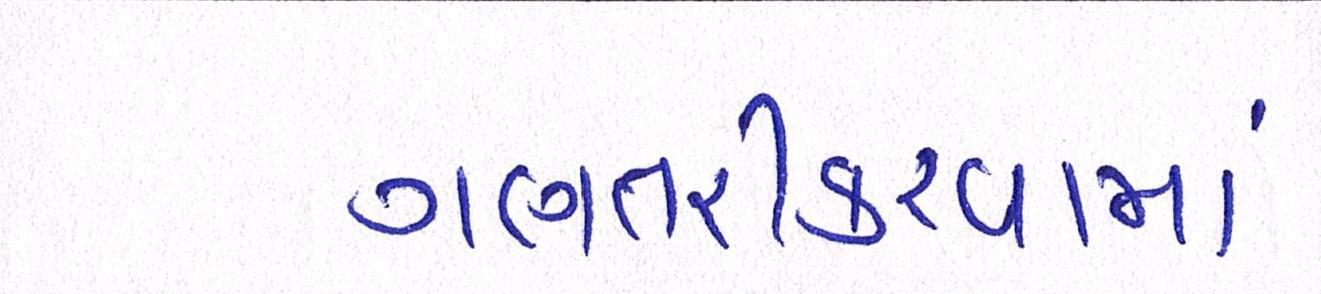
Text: ગણતરીકરવામાં